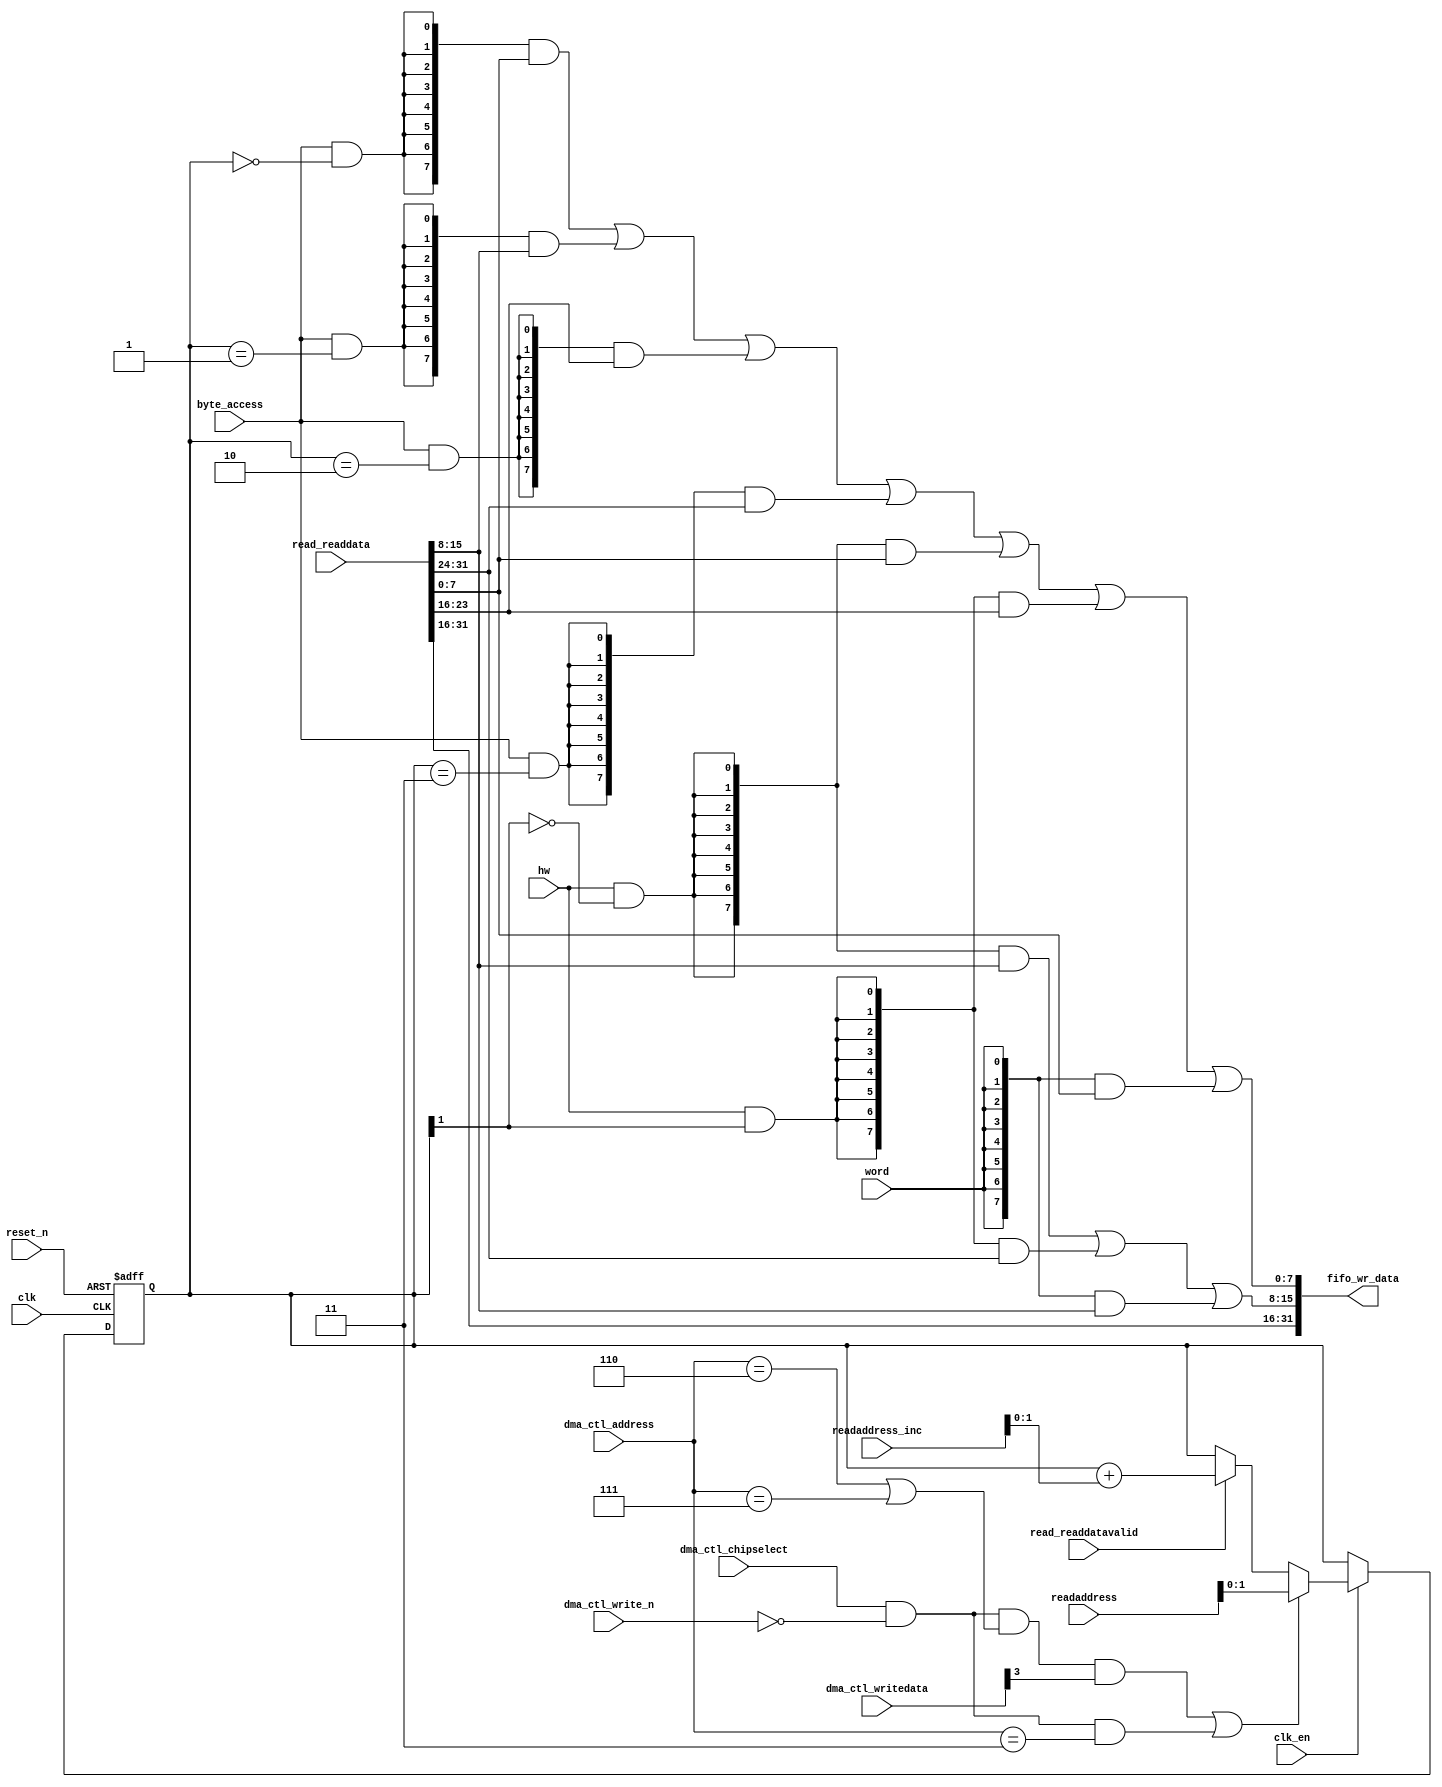
//Legal Notice: (C)2019 Altera Corporation. All rights reserved.  Your
//use of Altera Corporation's design tools, logic functions and other
//software and tools, and its AMPP partner logic functions, and any
//output files any of the foregoing (including device programming or
//simulation files), and any associated documentation or information are
//expressly subject to the terms and conditions of the Altera Program
//License Subscription Agreement or other applicable license agreement,
//including, without limitation, that your use is for the sole purpose
//of programming logic devices manufactured by Altera and sold by Altera
//or its authorized distributors.  Please refer to the applicable
//agreement for further details.

// synthesis translate_off
`timescale 1ns / 1ps
// synthesis translate_on

// turn off superfluous verilog processor warnings 
// altera message_level Level1 
// altera message_off 10034 10035 10036 10037 10230 10240 10030 

module final_soc_copy_dma_read_data_mux (
                                          // inputs:
                                           byte_access,
                                           clk,
                                           clk_en,
                                           dma_ctl_address,
                                           dma_ctl_chipselect,
                                           dma_ctl_write_n,
                                           dma_ctl_writedata,
                                           hw,
                                           read_readdata,
                                           read_readdatavalid,
                                           readaddress,
                                           readaddress_inc,
                                           reset_n,
                                           word,

                                          // outputs:
                                           fifo_wr_data
                                        )
;

  output  [ 31: 0] fifo_wr_data;
  input            byte_access;
  input            clk;
  input            clk_en;
  input   [  2: 0] dma_ctl_address;
  input            dma_ctl_chipselect;
  input            dma_ctl_write_n;
  input   [ 31: 0] dma_ctl_writedata;
  input            hw;
  input   [ 31: 0] read_readdata;
  input            read_readdatavalid;
  input   [ 26: 0] readaddress;
  input   [  4: 0] readaddress_inc;
  input            reset_n;
  input            word;


wire             control_write;
wire    [ 31: 0] fifo_wr_data;
wire             length_write;
wire    [  1: 0] read_data_mux_input;
reg     [  1: 0] readdata_mux_select;
  assign control_write = dma_ctl_chipselect & ~dma_ctl_write_n & ((dma_ctl_address == 6) || (dma_ctl_address == 7));
  assign length_write = dma_ctl_chipselect & ~dma_ctl_write_n & (dma_ctl_address == 3);
  assign read_data_mux_input = ((control_write && dma_ctl_writedata[3] || length_write))? readaddress[1 : 0] :
    (read_readdatavalid)? (readdata_mux_select + readaddress_inc) :
    readdata_mux_select;

  // Reset value: the transaction size bits of the read address reset value.
  always @(posedge clk or negedge reset_n)
    begin
      if (reset_n == 0)
          readdata_mux_select <= 0;
      else if (clk_en)
          readdata_mux_select <= read_data_mux_input[1 : 0];
    end


  assign fifo_wr_data[31 : 16] = read_readdata[31 : 16];
  assign fifo_wr_data[15 : 8] = ({8 {(hw & (readdata_mux_select[1] == 0))}} & read_readdata[15 : 8]) |
    ({8 {(hw & (readdata_mux_select[1] == 1))}} & read_readdata[31 : 24]) |
    ({8 {word}} & read_readdata[15 : 8]);

  assign fifo_wr_data[7 : 0] = ({8 {(byte_access & (readdata_mux_select[1 : 0] == 0))}} & read_readdata[7 : 0]) |
    ({8 {(byte_access & (readdata_mux_select[1 : 0] == 1))}} & read_readdata[15 : 8]) |
    ({8 {(byte_access & (readdata_mux_select[1 : 0] == 2))}} & read_readdata[23 : 16]) |
    ({8 {(byte_access & (readdata_mux_select[1 : 0] == 3))}} & read_readdata[31 : 24]) |
    ({8 {(hw & (readdata_mux_select[1] == 0))}} & read_readdata[7 : 0]) |
    ({8 {(hw & (readdata_mux_select[1] == 1))}} & read_readdata[23 : 16]) |
    ({8 {word}} & read_readdata[7 : 0]);


endmodule


// synthesis translate_off
`timescale 1ns / 1ps
// synthesis translate_on

// turn off superfluous verilog processor warnings 
// altera message_level Level1 
// altera message_off 10034 10035 10036 10037 10230 10240 10030 

module final_soc_copy_dma_byteenables (
                                        // inputs:
                                         byte_access,
                                         hw,
                                         word,
                                         write_address,

                                        // outputs:
                                         write_byteenable
                                      )
;

  output  [  3: 0] write_byteenable;
  input            byte_access;
  input            hw;
  input            word;
  input   [ 27: 0] write_address;


wire             wa_1_is_0;
wire             wa_1_is_1;
wire             wa_1_to_0_is_0;
wire             wa_1_to_0_is_1;
wire             wa_1_to_0_is_2;
wire             wa_1_to_0_is_3;
wire    [  3: 0] write_byteenable;
  assign wa_1_to_0_is_3 = write_address[1 : 0] == 2'h3;
  assign wa_1_to_0_is_2 = write_address[1 : 0] == 2'h2;
  assign wa_1_to_0_is_1 = write_address[1 : 0] == 2'h1;
  assign wa_1_to_0_is_0 = write_address[1 : 0] == 2'h0;
  assign wa_1_is_1 = write_address[1] == 1'h1;
  assign wa_1_is_0 = write_address[1] == 1'h0;
  assign write_byteenable = ({4 {byte_access}} & {wa_1_to_0_is_3, wa_1_to_0_is_2, wa_1_to_0_is_1, wa_1_to_0_is_0}) |
    ({4 {hw}} & {wa_1_is_1, wa_1_is_1, wa_1_is_0, wa_1_is_0}) |
    ({4 {word}} & 4'b1111);


endmodule


// synthesis translate_off
`timescale 1ns / 1ps
// synthesis translate_on

// turn off superfluous verilog processor warnings 
// altera message_level Level1 
// altera message_off 10034 10035 10036 10037 10230 10240 10030 

module final_soc_copy_dma_fifo_module_fifo_ram_module (
                                                        // inputs:
                                                         clk,
                                                         data,
                                                         rdaddress,
                                                         rdclken,
                                                         reset_n,
                                                         wraddress,
                                                         wrclock,
                                                         wren,

                                                        // outputs:
                                                         q
                                                      )
;

  output  [ 31: 0] q;
  input            clk;
  input   [ 31: 0] data;
  input   [  9: 0] rdaddress;
  input            rdclken;
  input            reset_n;
  input   [  9: 0] wraddress;
  input            wrclock;
  input            wren;


reg     [ 31: 0] mem_array [1023: 0];
wire    [ 31: 0] q;
reg     [  9: 0] read_address;

//synthesis translate_off
//////////////// SIMULATION-ONLY CONTENTS
  always @(posedge clk or negedge reset_n)
    begin
      if (reset_n == 0)
          read_address <= 0;
      else if (rdclken)
          read_address <= rdaddress;
    end


  // Data read is synchronized through latent_rdaddress.
  assign q = mem_array[read_address];

  always @(posedge wrclock)
    begin
      // Write data
      if (wren)
          mem_array[wraddress] <= data;
    end



//////////////// END SIMULATION-ONLY CONTENTS

//synthesis translate_on
//synthesis read_comments_as_HDL on
//  always @(rdaddress)
//    begin
//      read_address = rdaddress;
//    end
//
//
//  lpm_ram_dp lpm_ram_dp_component
//    (
//      .data (data),
//      .q (q),
//      .rdaddress (read_address),
//      .rdclken (rdclken),
//      .rdclock (clk),
//      .wraddress (wraddress),
//      .wrclock (wrclock),
//      .wren (wren)
//    );
//
//  defparam lpm_ram_dp_component.lpm_file = "UNUSED",
//           lpm_ram_dp_component.lpm_hint = "USE_EAB=ON",
//           lpm_ram_dp_component.lpm_indata = "REGISTERED",
//           lpm_ram_dp_component.lpm_outdata = "UNREGISTERED",
//           lpm_ram_dp_component.lpm_rdaddress_control = "REGISTERED",
//           lpm_ram_dp_component.lpm_width = 32,
//           lpm_ram_dp_component.lpm_widthad = 10,
//           lpm_ram_dp_component.lpm_wraddress_control = "REGISTERED",
//           lpm_ram_dp_component.suppress_memory_conversion_warnings = "ON";
//
//synthesis read_comments_as_HDL off

endmodule


// synthesis translate_off
`timescale 1ns / 1ps
// synthesis translate_on

// turn off superfluous verilog processor warnings 
// altera message_level Level1 
// altera message_off 10034 10035 10036 10037 10230 10240 10030 

module final_soc_copy_dma_fifo_module (
                                        // inputs:
                                         clk,
                                         clk_en,
                                         fifo_read,
                                         fifo_wr_data,
                                         fifo_write,
                                         flush_fifo,
                                         inc_pending_data,
                                         reset_n,

                                        // outputs:
                                         fifo_datavalid,
                                         fifo_empty,
                                         fifo_rd_data,
                                         p1_fifo_full
                                      )
;

  output           fifo_datavalid;
  output           fifo_empty;
  output  [ 31: 0] fifo_rd_data;
  output           p1_fifo_full;
  input            clk;
  input            clk_en;
  input            fifo_read;
  input   [ 31: 0] fifo_wr_data;
  input            fifo_write;
  input            flush_fifo;
  input            inc_pending_data;
  input            reset_n;


wire    [  9: 0] estimated_rdaddress;
reg     [  9: 0] estimated_wraddress;
wire             fifo_datavalid;
wire             fifo_dec;
reg              fifo_empty;
reg              fifo_full;
wire             fifo_inc;
wire    [ 31: 0] fifo_ram_q;
wire    [ 31: 0] fifo_rd_data;
reg              last_write_collision;
reg     [ 31: 0] last_write_data;
wire    [  9: 0] p1_estimated_wraddress;
wire             p1_fifo_empty;
wire             p1_fifo_full;
wire    [  9: 0] p1_wraddress;
wire    [  9: 0] rdaddress;
reg     [  9: 0] rdaddress_reg;
reg     [  9: 0] wraddress;
wire             write_collision;
  assign p1_wraddress = (fifo_write)? wraddress - 1 :
    wraddress;

  always @(posedge clk or negedge reset_n)
    begin
      if (reset_n == 0)
          wraddress <= 0;
      else if (clk_en)
          if (flush_fifo)
              wraddress <= 0;
          else 
            wraddress <= p1_wraddress;
    end


  assign rdaddress = flush_fifo ? 0 : fifo_read ? (rdaddress_reg - 1) : rdaddress_reg;
  always @(posedge clk or negedge reset_n)
    begin
      if (reset_n == 0)
          rdaddress_reg <= 0;
      else 
        rdaddress_reg <= rdaddress;
    end


  assign fifo_datavalid = ~fifo_empty;
  assign fifo_inc = fifo_write & ~fifo_read;
  assign fifo_dec = fifo_read & ~fifo_write;
  assign estimated_rdaddress = rdaddress_reg - 1;
  assign p1_estimated_wraddress = (inc_pending_data)? estimated_wraddress - 1 :
    estimated_wraddress;

  always @(posedge clk or negedge reset_n)
    begin
      if (reset_n == 0)
          estimated_wraddress <= {10 {1'b1}};
      else if (clk_en)
          if (flush_fifo)
              estimated_wraddress <= {10 {1'b1}};
          else 
            estimated_wraddress <= p1_estimated_wraddress;
    end


  assign p1_fifo_empty = flush_fifo  | ((~fifo_inc & fifo_empty) | (fifo_dec & (wraddress == estimated_rdaddress)));
  always @(posedge clk or negedge reset_n)
    begin
      if (reset_n == 0)
          fifo_empty <= 1;
      else if (clk_en)
          fifo_empty <= p1_fifo_empty;
    end


  assign p1_fifo_full = ~flush_fifo & ((~fifo_dec & fifo_full)  | (inc_pending_data & (estimated_wraddress == rdaddress)));
  always @(posedge clk or negedge reset_n)
    begin
      if (reset_n == 0)
          fifo_full <= 0;
      else if (clk_en)
          fifo_full <= p1_fifo_full;
    end


  assign write_collision = fifo_write && (wraddress == rdaddress);
  always @(posedge clk or negedge reset_n)
    begin
      if (reset_n == 0)
          last_write_data <= 0;
      else if (write_collision)
          last_write_data <= fifo_wr_data;
    end


  always @(posedge clk or negedge reset_n)
    begin
      if (reset_n == 0)
          last_write_collision <= 0;
      else if (write_collision)
          last_write_collision <= -1;
      else if (fifo_read)
          last_write_collision <= 0;
    end


  assign fifo_rd_data = last_write_collision ? last_write_data : fifo_ram_q;
  //final_soc_copy_dma_fifo_module_fifo_ram, which is an e_ram
  final_soc_copy_dma_fifo_module_fifo_ram_module final_soc_copy_dma_fifo_module_fifo_ram
    (
      .clk       (clk),
      .data      (fifo_wr_data),
      .q         (fifo_ram_q),
      .rdaddress (rdaddress),
      .rdclken   (1'b1),
      .reset_n   (reset_n),
      .wraddress (wraddress),
      .wrclock   (clk),
      .wren      (fifo_write)
    );


endmodule


// synthesis translate_off
`timescale 1ns / 1ps
// synthesis translate_on

// turn off superfluous verilog processor warnings 
// altera message_level Level1 
// altera message_off 10034 10035 10036 10037 10230 10240 10030 

module final_soc_copy_dma_mem_read (
                                     // inputs:
                                      clk,
                                      clk_en,
                                      go,
                                      p1_done_read,
                                      p1_fifo_full,
                                      read_waitrequest,
                                      reset_n,

                                     // outputs:
                                      inc_read,
                                      mem_read_n
                                   )
;

  output           inc_read;
  output           mem_read_n;
  input            clk;
  input            clk_en;
  input            go;
  input            p1_done_read;
  input            p1_fifo_full;
  input            read_waitrequest;
  input            reset_n;


reg              final_soc_copy_dma_mem_read_access;
reg              final_soc_copy_dma_mem_read_idle;
wire             inc_read;
wire             mem_read_n;
wire             p1_read_select;
reg              read_select;
  assign mem_read_n = ~read_select;
  always @(posedge clk or negedge reset_n)
    begin
      if (reset_n == 0)
          read_select <= 0;
      else if (clk_en)
          read_select <= p1_read_select;
    end


  assign inc_read = read_select & ~read_waitrequest;
  // Transitions into state 'idle'.
  always @(posedge clk or negedge reset_n)
    begin
      if (reset_n == 0)
          final_soc_copy_dma_mem_read_idle <= 1;
      else if (clk_en)
          final_soc_copy_dma_mem_read_idle <= ((final_soc_copy_dma_mem_read_idle == 1) & (go == 0)) |
                    ((final_soc_copy_dma_mem_read_idle == 1) & (p1_done_read == 1)) |
                    ((final_soc_copy_dma_mem_read_idle == 1) & (p1_fifo_full == 1)) |
                    ((final_soc_copy_dma_mem_read_access == 1) & (p1_fifo_full == 1) & (read_waitrequest == 0)) |
                    ((final_soc_copy_dma_mem_read_access == 1) & (p1_done_read == 1) & (read_waitrequest == 0));

    end


  // Transitions into state 'access'.
  always @(posedge clk or negedge reset_n)
    begin
      if (reset_n == 0)
          final_soc_copy_dma_mem_read_access <= 0;
      else if (clk_en)
          final_soc_copy_dma_mem_read_access <= ((final_soc_copy_dma_mem_read_idle == 1) & (p1_fifo_full == 0) & (p1_done_read == 0) & (go == 1)) |
                    ((final_soc_copy_dma_mem_read_access == 1) & (read_waitrequest == 1)) |
                    ((final_soc_copy_dma_mem_read_access == 1) & (p1_fifo_full == 0) & (p1_done_read == 0) & (read_waitrequest == 0));

    end


  assign p1_read_select = ({1 {((final_soc_copy_dma_mem_read_access && (read_waitrequest == 1)))}} & 1) |
    ({1 {((final_soc_copy_dma_mem_read_access && (p1_done_read == 0) && (p1_fifo_full == 0) && (read_waitrequest == 0)))}} & 1) |
    ({1 {((final_soc_copy_dma_mem_read_idle && (go == 1) && (p1_done_read == 0) && (p1_fifo_full == 0)))}} & 1);


endmodule


// synthesis translate_off
`timescale 1ns / 1ps
// synthesis translate_on

// turn off superfluous verilog processor warnings 
// altera message_level Level1 
// altera message_off 10034 10035 10036 10037 10230 10240 10030 

module final_soc_copy_dma_mem_write (
                                      // inputs:
                                       d1_enabled_write_endofpacket,
                                       fifo_datavalid,
                                       write_waitrequest,

                                      // outputs:
                                       fifo_read,
                                       inc_write,
                                       mem_write_n,
                                       write_select
                                    )
;

  output           fifo_read;
  output           inc_write;
  output           mem_write_n;
  output           write_select;
  input            d1_enabled_write_endofpacket;
  input            fifo_datavalid;
  input            write_waitrequest;


wire             fifo_read;
wire             inc_write;
wire             mem_write_n;
wire             write_select;
  assign write_select = fifo_datavalid & ~d1_enabled_write_endofpacket;
  assign mem_write_n = ~write_select;
  assign fifo_read = write_select & ~write_waitrequest;
  assign inc_write = fifo_read;

endmodule


// synthesis translate_off
`timescale 1ns / 1ps
// synthesis translate_on

// turn off superfluous verilog processor warnings 
// altera message_level Level1 
// altera message_off 10034 10035 10036 10037 10230 10240 10030 

//DMA peripheral final_soc_copy_dma
//Read slaves:
//SDRAM.s1; 
//Write slaves:
//frame_buffer.s1; 


module final_soc_copy_dma (
                            // inputs:
                             clk,
                             dma_ctl_address,
                             dma_ctl_chipselect,
                             dma_ctl_write_n,
                             dma_ctl_writedata,
                             read_readdata,
                             read_readdatavalid,
                             read_waitrequest,
                             system_reset_n,
                             write_waitrequest,

                            // outputs:
                             dma_ctl_irq,
                             dma_ctl_readdata,
                             read_address,
                             read_chipselect,
                             read_read_n,
                             write_address,
                             write_byteenable,
                             write_chipselect,
                             write_write_n,
                             write_writedata
                          )
  /* synthesis ALTERA_ATTRIBUTE = "SUPPRESS_DA_RULE_INTERNAL=\"R101\"" */ ;

  output           dma_ctl_irq;
  output  [ 31: 0] dma_ctl_readdata;
  output  [ 26: 0] read_address;
  output           read_chipselect;
  output           read_read_n;
  output  [ 27: 0] write_address;
  output  [  3: 0] write_byteenable;
  output           write_chipselect;
  output           write_write_n;
  output  [ 31: 0] write_writedata;
  input            clk;
  input   [  2: 0] dma_ctl_address;
  input            dma_ctl_chipselect;
  input            dma_ctl_write_n;
  input   [ 31: 0] dma_ctl_writedata;
  input   [ 31: 0] read_readdata;
  input            read_readdatavalid;
  input            read_waitrequest;
  input            system_reset_n;
  input            write_waitrequest;


wire             busy;
wire             byte_access;
wire             clk_en;
reg     [ 12: 0] control;
reg              d1_done_transaction;
reg              d1_enabled_write_endofpacket;
reg              d1_read_got_endofpacket;
reg              d1_softwarereset;
wire             dma_ctl_irq;
reg     [ 31: 0] dma_ctl_readdata;
reg              done;
wire             done_transaction;
reg              done_write;
wire             doubleword;
wire             enabled_write_endofpacket;
wire             fifo_datavalid;
wire             fifo_empty;
wire    [ 31: 0] fifo_rd_data;
wire    [ 31: 0] fifo_rd_data_as_byte_access;
wire    [ 31: 0] fifo_rd_data_as_hw;
wire    [ 31: 0] fifo_rd_data_as_word;
wire             fifo_read;
wire    [ 31: 0] fifo_wr_data;
wire             fifo_write;
wire             fifo_write_data_valid;
wire             flush_fifo;
wire             go;
wire             hw;
wire             i_en;
wire             inc_read;
wire             inc_write;
wire             leen;
reg              len;
reg     [ 31: 0] length;
reg              length_eq_0;
wire             mem_read_n;
wire             mem_write_n;
wire    [ 12: 0] p1_control;
wire    [ 31: 0] p1_dma_ctl_readdata;
wire             p1_done_read;
wire             p1_done_write;
wire             p1_fifo_full;
wire    [ 31: 0] p1_length;
wire             p1_length_eq_0;
wire             p1_read_got_endofpacket;
wire    [ 26: 0] p1_readaddress;
wire             p1_write_got_endofpacket;
wire    [ 27: 0] p1_writeaddress;
wire    [ 31: 0] p1_writelength;
wire             p1_writelength_eq_0;
wire             quadword;
wire             rcon;
wire    [ 26: 0] read_address;
wire             read_chipselect;
wire             read_endofpacket;
reg              read_got_endofpacket;
wire             read_read_n;
reg     [ 26: 0] readaddress;
wire    [  4: 0] readaddress_inc;
wire             reen;
reg              reop;
reg              reset_n;
wire             set_software_reset_bit;
reg              software_reset_request;
wire             softwarereset;
wire    [  4: 0] status;
wire             status_register_write;
wire             wcon;
wire             ween;
reg              weop;
wire             word;
wire    [ 27: 0] write_address;
wire    [  3: 0] write_byteenable;
wire             write_chipselect;
wire             write_endofpacket;
reg              write_got_endofpacket;
wire             write_select;
wire             write_write_n;
wire    [ 31: 0] write_writedata;
reg     [ 27: 0] writeaddress;
wire    [  4: 0] writeaddress_inc;
reg     [ 31: 0] writelength;
reg              writelength_eq_0;
  assign clk_en = 1;
  //control_port_slave, which is an e_avalon_slave
  //read_master, which is an e_avalon_master
  final_soc_copy_dma_read_data_mux the_final_soc_copy_dma_read_data_mux
    (
      .byte_access        (byte_access),
      .clk                (clk),
      .clk_en             (clk_en),
      .dma_ctl_address    (dma_ctl_address),
      .dma_ctl_chipselect (dma_ctl_chipselect),
      .dma_ctl_write_n    (dma_ctl_write_n),
      .dma_ctl_writedata  (dma_ctl_writedata),
      .fifo_wr_data       (fifo_wr_data),
      .hw                 (hw),
      .read_readdata      (read_readdata),
      .read_readdatavalid (read_readdatavalid),
      .readaddress        (readaddress),
      .readaddress_inc    (readaddress_inc),
      .reset_n            (reset_n),
      .word               (word)
    );

  //write_master, which is an e_avalon_master
  final_soc_copy_dma_byteenables the_final_soc_copy_dma_byteenables
    (
      .byte_access      (byte_access),
      .hw               (hw),
      .word             (word),
      .write_address    (write_address),
      .write_byteenable (write_byteenable)
    );

  assign read_read_n = mem_read_n;
  assign status_register_write = dma_ctl_chipselect & ~dma_ctl_write_n & (dma_ctl_address == 0);
  // read address
  always @(posedge clk or negedge reset_n)
    begin
      if (reset_n == 0)
          readaddress <= 27'h0;
      else if (clk_en)
          readaddress <= p1_readaddress;
    end


  assign p1_readaddress = ((dma_ctl_chipselect & ~dma_ctl_write_n & (dma_ctl_address == 1)))? dma_ctl_writedata :
    (inc_read)? (readaddress + readaddress_inc) :
    readaddress;

  // write address
  always @(posedge clk or negedge reset_n)
    begin
      if (reset_n == 0)
          writeaddress <= 28'h0;
      else if (clk_en)
          writeaddress <= p1_writeaddress;
    end


  assign p1_writeaddress = ((dma_ctl_chipselect & ~dma_ctl_write_n & (dma_ctl_address == 2)))? dma_ctl_writedata :
    (inc_write)? (writeaddress + writeaddress_inc) :
    writeaddress;

  // length in bytes
  always @(posedge clk or negedge reset_n)
    begin
      if (reset_n == 0)
          length <= 32'h0;
      else if (clk_en)
          length <= p1_length;
    end


  assign p1_length = ((dma_ctl_chipselect & ~dma_ctl_write_n & (dma_ctl_address == 3)))? dma_ctl_writedata :
    ((inc_read && (!length_eq_0)))? length - {1'b0,
    1'b0,
    word,
    hw,
    byte_access} :
    length;

  // control register
  always @(posedge clk or negedge reset_n)
    begin
      if (reset_n == 0)
          control <= 13'h84;
      else if (clk_en)
          control <= p1_control;
    end


  assign p1_control = ((dma_ctl_chipselect & ~dma_ctl_write_n & ((dma_ctl_address == 6) || (dma_ctl_address == 7))))? dma_ctl_writedata :
    control;

  // write master length
  always @(posedge clk or negedge reset_n)
    begin
      if (reset_n == 0)
          writelength <= 32'h0;
      else if (clk_en)
          writelength <= p1_writelength;
    end


  assign p1_writelength = ((dma_ctl_chipselect & ~dma_ctl_write_n & (dma_ctl_address == 3)))? dma_ctl_writedata :
    ((inc_write && (!writelength_eq_0)))? writelength - {1'b0,
    1'b0,
    word,
    hw,
    byte_access} :
    writelength;

  assign p1_writelength_eq_0 = inc_write && (!writelength_eq_0) && ((writelength  - {1'b0,
    1'b0,
    word,
    hw,
    byte_access}) == 0);

  assign p1_length_eq_0 = inc_read && (!length_eq_0) && ((length  - {1'b0,
    1'b0,
    word,
    hw,
    byte_access}) == 0);

  always @(posedge clk or negedge reset_n)
    begin
      if (reset_n == 0)
          length_eq_0 <= 1;
      else if (clk_en)
          if (dma_ctl_chipselect & ~dma_ctl_write_n & (dma_ctl_address == 3))
              length_eq_0 <= 0;
          else if (p1_length_eq_0)
              length_eq_0 <= -1;
    end


  always @(posedge clk or negedge reset_n)
    begin
      if (reset_n == 0)
          writelength_eq_0 <= 1;
      else if (clk_en)
          if (dma_ctl_chipselect & ~dma_ctl_write_n & (dma_ctl_address == 3))
              writelength_eq_0 <= 0;
          else if (p1_writelength_eq_0)
              writelength_eq_0 <= -1;
    end


  assign writeaddress_inc = (wcon)? 0 :
    {1'b0,
    1'b0,
    word,
    hw,
    byte_access};

  assign readaddress_inc = (rcon)? 0 :
    {1'b0,
    1'b0,
    word,
    hw,
    byte_access};

  assign p1_dma_ctl_readdata = ({32 {(dma_ctl_address == 0)}} & status) |
    ({32 {(dma_ctl_address == 1)}} & readaddress) |
    ({32 {(dma_ctl_address == 2)}} & writeaddress) |
    ({32 {(dma_ctl_address == 3)}} & writelength) |
    ({32 {(dma_ctl_address == 6)}} & control);

  always @(posedge clk or negedge reset_n)
    begin
      if (reset_n == 0)
          dma_ctl_readdata <= 0;
      else if (clk_en)
          dma_ctl_readdata <= p1_dma_ctl_readdata;
    end


  assign done_transaction = go & done_write;
  always @(posedge clk or negedge reset_n)
    begin
      if (reset_n == 0)
          done <= 0;
      else if (clk_en)
          if (status_register_write)
              done <= 0;
          else if (done_transaction & ~d1_done_transaction)
              done <= -1;
    end


  always @(posedge clk or negedge reset_n)
    begin
      if (reset_n == 0)
          d1_done_transaction <= 0;
      else if (clk_en)
          d1_done_transaction <= done_transaction;
    end


  assign busy = go & ~done_write;
  assign status[0] = done;
  assign status[1] = busy;
  assign status[2] = reop;
  assign status[3] = weop;
  assign status[4] = len;
  assign byte_access = control[0];
  assign hw = control[1];
  assign word = control[2];
  assign go = control[3];
  assign i_en = control[4];
  assign reen = control[5];
  assign ween = control[6];
  assign leen = control[7];
  assign rcon = control[8];
  assign wcon = control[9];
  assign doubleword = control[10];
  assign quadword = control[11];
  assign softwarereset = control[12];
  assign dma_ctl_irq = i_en & done;
  assign p1_read_got_endofpacket = ~status_register_write && (read_got_endofpacket || (read_endofpacket & reen));
  assign p1_write_got_endofpacket = ~status_register_write && (write_got_endofpacket || (inc_write & write_endofpacket & ween));
  always @(posedge clk or negedge reset_n)
    begin
      if (reset_n == 0)
          read_got_endofpacket <= 0;
      else if (clk_en)
          read_got_endofpacket <= p1_read_got_endofpacket;
    end


  always @(posedge clk or negedge reset_n)
    begin
      if (reset_n == 0)
          write_got_endofpacket <= 0;
      else if (clk_en)
          write_got_endofpacket <= p1_write_got_endofpacket;
    end


  assign flush_fifo = ~d1_done_transaction & done_transaction;
  final_soc_copy_dma_fifo_module the_final_soc_copy_dma_fifo_module
    (
      .clk              (clk),
      .clk_en           (clk_en),
      .fifo_datavalid   (fifo_datavalid),
      .fifo_empty       (fifo_empty),
      .fifo_rd_data     (fifo_rd_data),
      .fifo_read        (fifo_read),
      .fifo_wr_data     (fifo_wr_data),
      .fifo_write       (fifo_write),
      .flush_fifo       (flush_fifo),
      .inc_pending_data (inc_read),
      .p1_fifo_full     (p1_fifo_full),
      .reset_n          (reset_n)
    );

  //the_final_soc_copy_dma_mem_read, which is an e_instance
  final_soc_copy_dma_mem_read the_final_soc_copy_dma_mem_read
    (
      .clk              (clk),
      .clk_en           (clk_en),
      .go               (go),
      .inc_read         (inc_read),
      .mem_read_n       (mem_read_n),
      .p1_done_read     (p1_done_read),
      .p1_fifo_full     (p1_fifo_full),
      .read_waitrequest (read_waitrequest),
      .reset_n          (reset_n)
    );

  assign fifo_write = fifo_write_data_valid;
  assign enabled_write_endofpacket = write_endofpacket & ween;
  always @(posedge clk or negedge reset_n)
    begin
      if (reset_n == 0)
          d1_enabled_write_endofpacket <= 0;
      else if (clk_en)
          d1_enabled_write_endofpacket <= enabled_write_endofpacket;
    end


  final_soc_copy_dma_mem_write the_final_soc_copy_dma_mem_write
    (
      .d1_enabled_write_endofpacket (d1_enabled_write_endofpacket),
      .fifo_datavalid               (fifo_datavalid),
      .fifo_read                    (fifo_read),
      .inc_write                    (inc_write),
      .mem_write_n                  (mem_write_n),
      .write_select                 (write_select),
      .write_waitrequest            (write_waitrequest)
    );

  assign p1_done_read = (leen && (p1_length_eq_0 || (length_eq_0))) | p1_read_got_endofpacket | p1_done_write;
  always @(posedge clk or negedge reset_n)
    begin
      if (reset_n == 0)
          len <= 0;
      else if (clk_en)
          if (status_register_write)
              len <= 0;
          else if (~d1_done_transaction & done_transaction && (writelength_eq_0))
              len <= -1;
    end


  always @(posedge clk or negedge reset_n)
    begin
      if (reset_n == 0)
          reop <= 0;
      else if (clk_en)
          if (status_register_write)
              reop <= 0;
          else if (fifo_empty & read_got_endofpacket & d1_read_got_endofpacket)
              reop <= -1;
    end


  always @(posedge clk or negedge reset_n)
    begin
      if (reset_n == 0)
          weop <= 0;
      else if (clk_en)
          if (status_register_write)
              weop <= 0;
          else if (write_got_endofpacket)
              weop <= -1;
    end


  assign p1_done_write = (leen && (p1_writelength_eq_0 || writelength_eq_0)) | p1_write_got_endofpacket | fifo_empty & d1_read_got_endofpacket;
  always @(posedge clk or negedge reset_n)
    begin
      if (reset_n == 0)
          d1_read_got_endofpacket <= 0;
      else if (clk_en)
          d1_read_got_endofpacket <= read_got_endofpacket;
    end


  // Write has completed when the length goes to 0, or
  //the write source said end-of-packet, or
  //the read source said end-of-packet and the fifo has emptied.
  always @(posedge clk or negedge reset_n)
    begin
      if (reset_n == 0)
          done_write <= 0;
      else if (clk_en)
          done_write <= p1_done_write;
    end


  assign read_address = readaddress;
  assign write_address = writeaddress;
  assign write_chipselect = write_select;
  assign read_chipselect = ~read_read_n;
  assign write_write_n = mem_write_n;
  assign fifo_rd_data_as_byte_access = {fifo_rd_data[7 : 0],
    fifo_rd_data[7 : 0],
    fifo_rd_data[7 : 0],
    fifo_rd_data[7 : 0]};

  assign fifo_rd_data_as_hw = {fifo_rd_data[15 : 0],
    fifo_rd_data[15 : 0]};

  assign fifo_rd_data_as_word = fifo_rd_data[31 : 0];
  assign write_writedata = ({32 {byte_access}} & fifo_rd_data_as_byte_access) |
    ({32 {hw}} & fifo_rd_data_as_hw) |
    ({32 {word}} & fifo_rd_data_as_word);

  assign fifo_write_data_valid = read_readdatavalid;
  assign set_software_reset_bit = ((dma_ctl_chipselect & ~dma_ctl_write_n & ((dma_ctl_address == 6) || (dma_ctl_address == 7)))) & (dma_ctl_address != 7) & dma_ctl_writedata[12];
  always @(posedge clk or negedge system_reset_n)
    begin
      if (system_reset_n == 0)
          d1_softwarereset <= 0;
      else if (set_software_reset_bit | software_reset_request)
          d1_softwarereset <= softwarereset & ~software_reset_request;
    end


  always @(posedge clk or negedge system_reset_n)
    begin
      if (system_reset_n == 0)
          software_reset_request <= 0;
      else if (set_software_reset_bit | software_reset_request)
          software_reset_request <= d1_softwarereset & ~software_reset_request;
    end


  always @(posedge clk or negedge system_reset_n)
    begin
      if (system_reset_n == 0)
          reset_n <= 0;
      else 
        reset_n <= ~(~system_reset_n | software_reset_request);
    end


  assign read_endofpacket = 0;
  assign write_endofpacket = 0;

endmodule